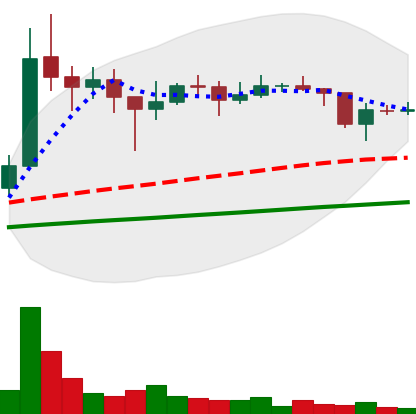
Ticker: XLM-USD
Chart end date: 2021-01-24
Forward return: 8.513%
Label: up_7plus